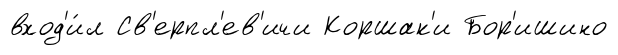
вход'и́л Св'ерпл'ев'ичи Коршак'и Бор'ишино